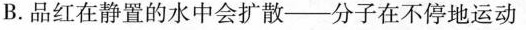
B.品红在静置的水中会扩散——分子在不停地运动